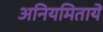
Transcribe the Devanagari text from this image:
अनियमितायें